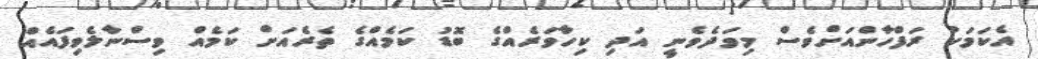
އެކަމަކު ރަފްހާންއަށްވެސް މިވަދެވެނީ އަދި ކިހާވަރެއްގެ ބޮޑު ކަމެއްގެ ތެރެއަށް ކަމެއް ވިސްނާލެވިފައެއް